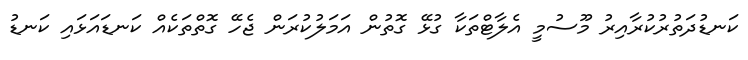
ކަނޑުދަތުރުކުރާއިރު މޫސުމީ އެލާޓްތަކާ ގުޅޭ ގޮތުން އަމަލުކުރަން ޖެހޭ ގޮތްތަކެއް ކަނޑައަޅައި ކަނޑު